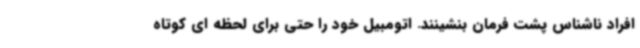
افراد ناشناس پشت فرمان بنشینند. اتومبیل خود را حتی برای لحظه ای کوتاه